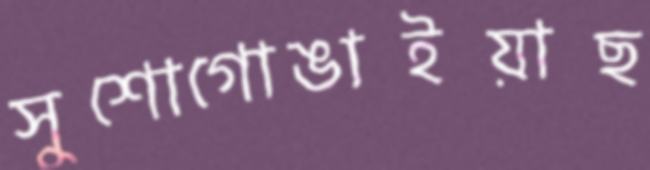
সুশোগোঙাইয়াছ